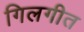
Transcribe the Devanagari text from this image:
गिलगीत